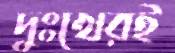
দুঃখেরই